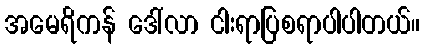
အမေရိကန် ဒေါ်လာ ငါးရာပြစရာပါပါတယ်။